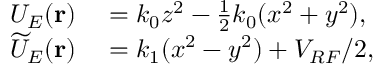
\begin{array} { r l } { U _ { E } ( \mathbf { r } ) } & { { } = k _ { 0 } z ^ { 2 } - \frac { 1 } { 2 } k _ { 0 } ( x ^ { 2 } + y ^ { 2 } ) , } \\ { \widetilde { U } _ { E } ( \mathbf { r } ) } & { { } = k _ { 1 } ( x ^ { 2 } - y ^ { 2 } ) + V _ { R F } / 2 , } \end{array}